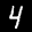
Label: 4